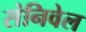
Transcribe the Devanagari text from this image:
संनिवेल